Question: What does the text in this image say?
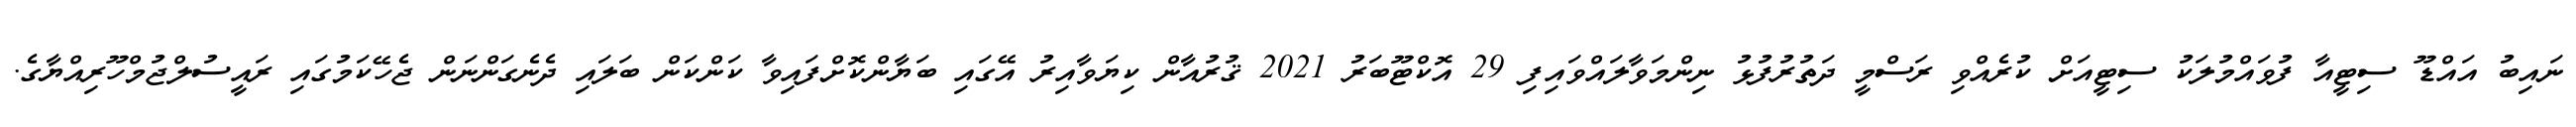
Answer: ނައިބު އައްޑޫ ސިޓީއާ ފުވައްމުލަކު ސިޓީއަށް ކުރެއްވި ރަސްމީ ދަތުރުފުޅު ނިންމަވާލައްވައިފި 29 އޮކްޓޫބަރު 2021 ޤުރުއާން ކިޔަވާއިރު އޭގައި ބަޔާންކޮށްފައިވާ ކަންކަން ބަލައި ދެނެގަންނަން ޖެހޭކަމުގައި ރައީސުލްޖުމްހޫރިއްޔާގެ.